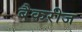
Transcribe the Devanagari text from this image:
बैकरीज